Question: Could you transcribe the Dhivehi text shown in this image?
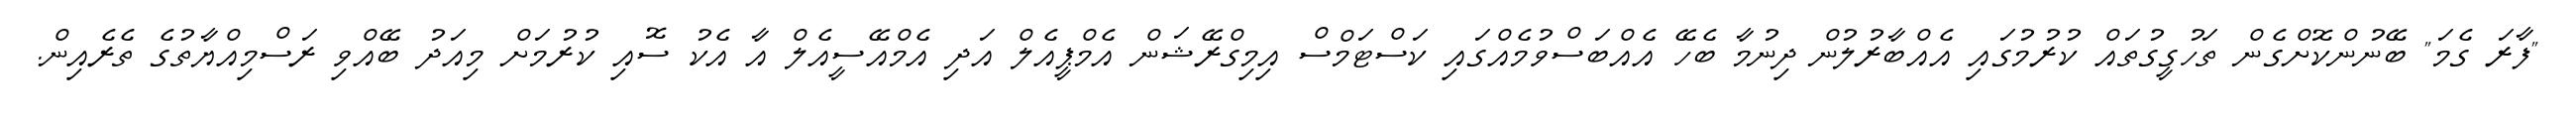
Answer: "ފާރަ ގެމަ" ބޭނުންކޮށްގެން ތަހުގީގުތައް ކުރުމުގައި އެއްބާރުލުން ދިނުމާ ބެހޭ އެއްބަސްވުމެއްގައި ކަސްޓަމްސް އިމިގްރޭޝަން އެމްޕީއެލް އަދި އެމްއޭސީއެލް އާ އެކު ސޮއި ކުރުމަށް މިއަދު ބޭއްވި ރަސްމިއްޔާތުގެ ތެރެއިން.